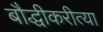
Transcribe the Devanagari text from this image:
बौद्धीकरीत्या